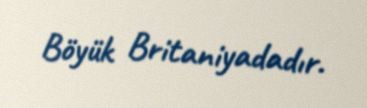
Böyük Britaniyadadır.